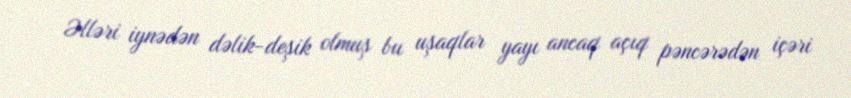
Əlləri iynədən dəlik-deşik olmuş bu uşaqlar yayı ancaq açıq pəncərədən içəri